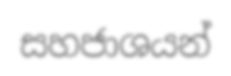
සහජාශයන්